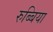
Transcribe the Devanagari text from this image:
रुब्बिया